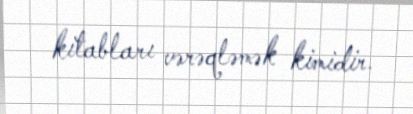
kitabları vərəqləmək kimidir.